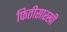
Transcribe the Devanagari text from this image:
फितीसारखी